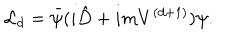
{ \cal L } _ { d } = \bar { \psi } ( i \hat { D } + i m V ^ { ( d + 1 ) } ) \psi .